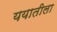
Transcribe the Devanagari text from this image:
ययातीला